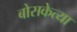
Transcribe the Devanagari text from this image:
बोसकेत्या